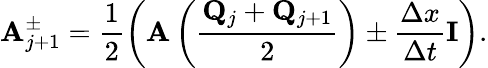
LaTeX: \mathbf{A}_{j+1}^{\pm}=\frac{1}{2}\left(\mathbf{A}\left(\frac{\mathbf{Q}_{j}+\mathbf{Q}_{j+1}}{2}\right)\pm\frac{\Delta x}{\Delta t}\mathbf{I}\right).